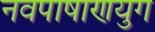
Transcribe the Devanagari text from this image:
नवपाषाणयुग